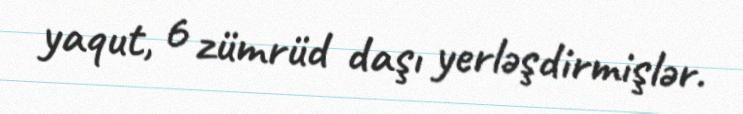
yaqut, 6 zümrüd daşı yerləşdirmişlər.